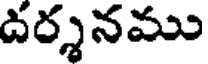
దర్శనము